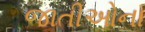
જાતીઓના